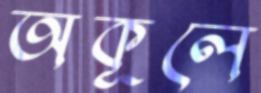
অকূলে